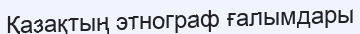
Қазақтың этнограф ғалымдары